38_143685_box7_Incident_Summaries_1-100
Agency: Department of War
Page 207
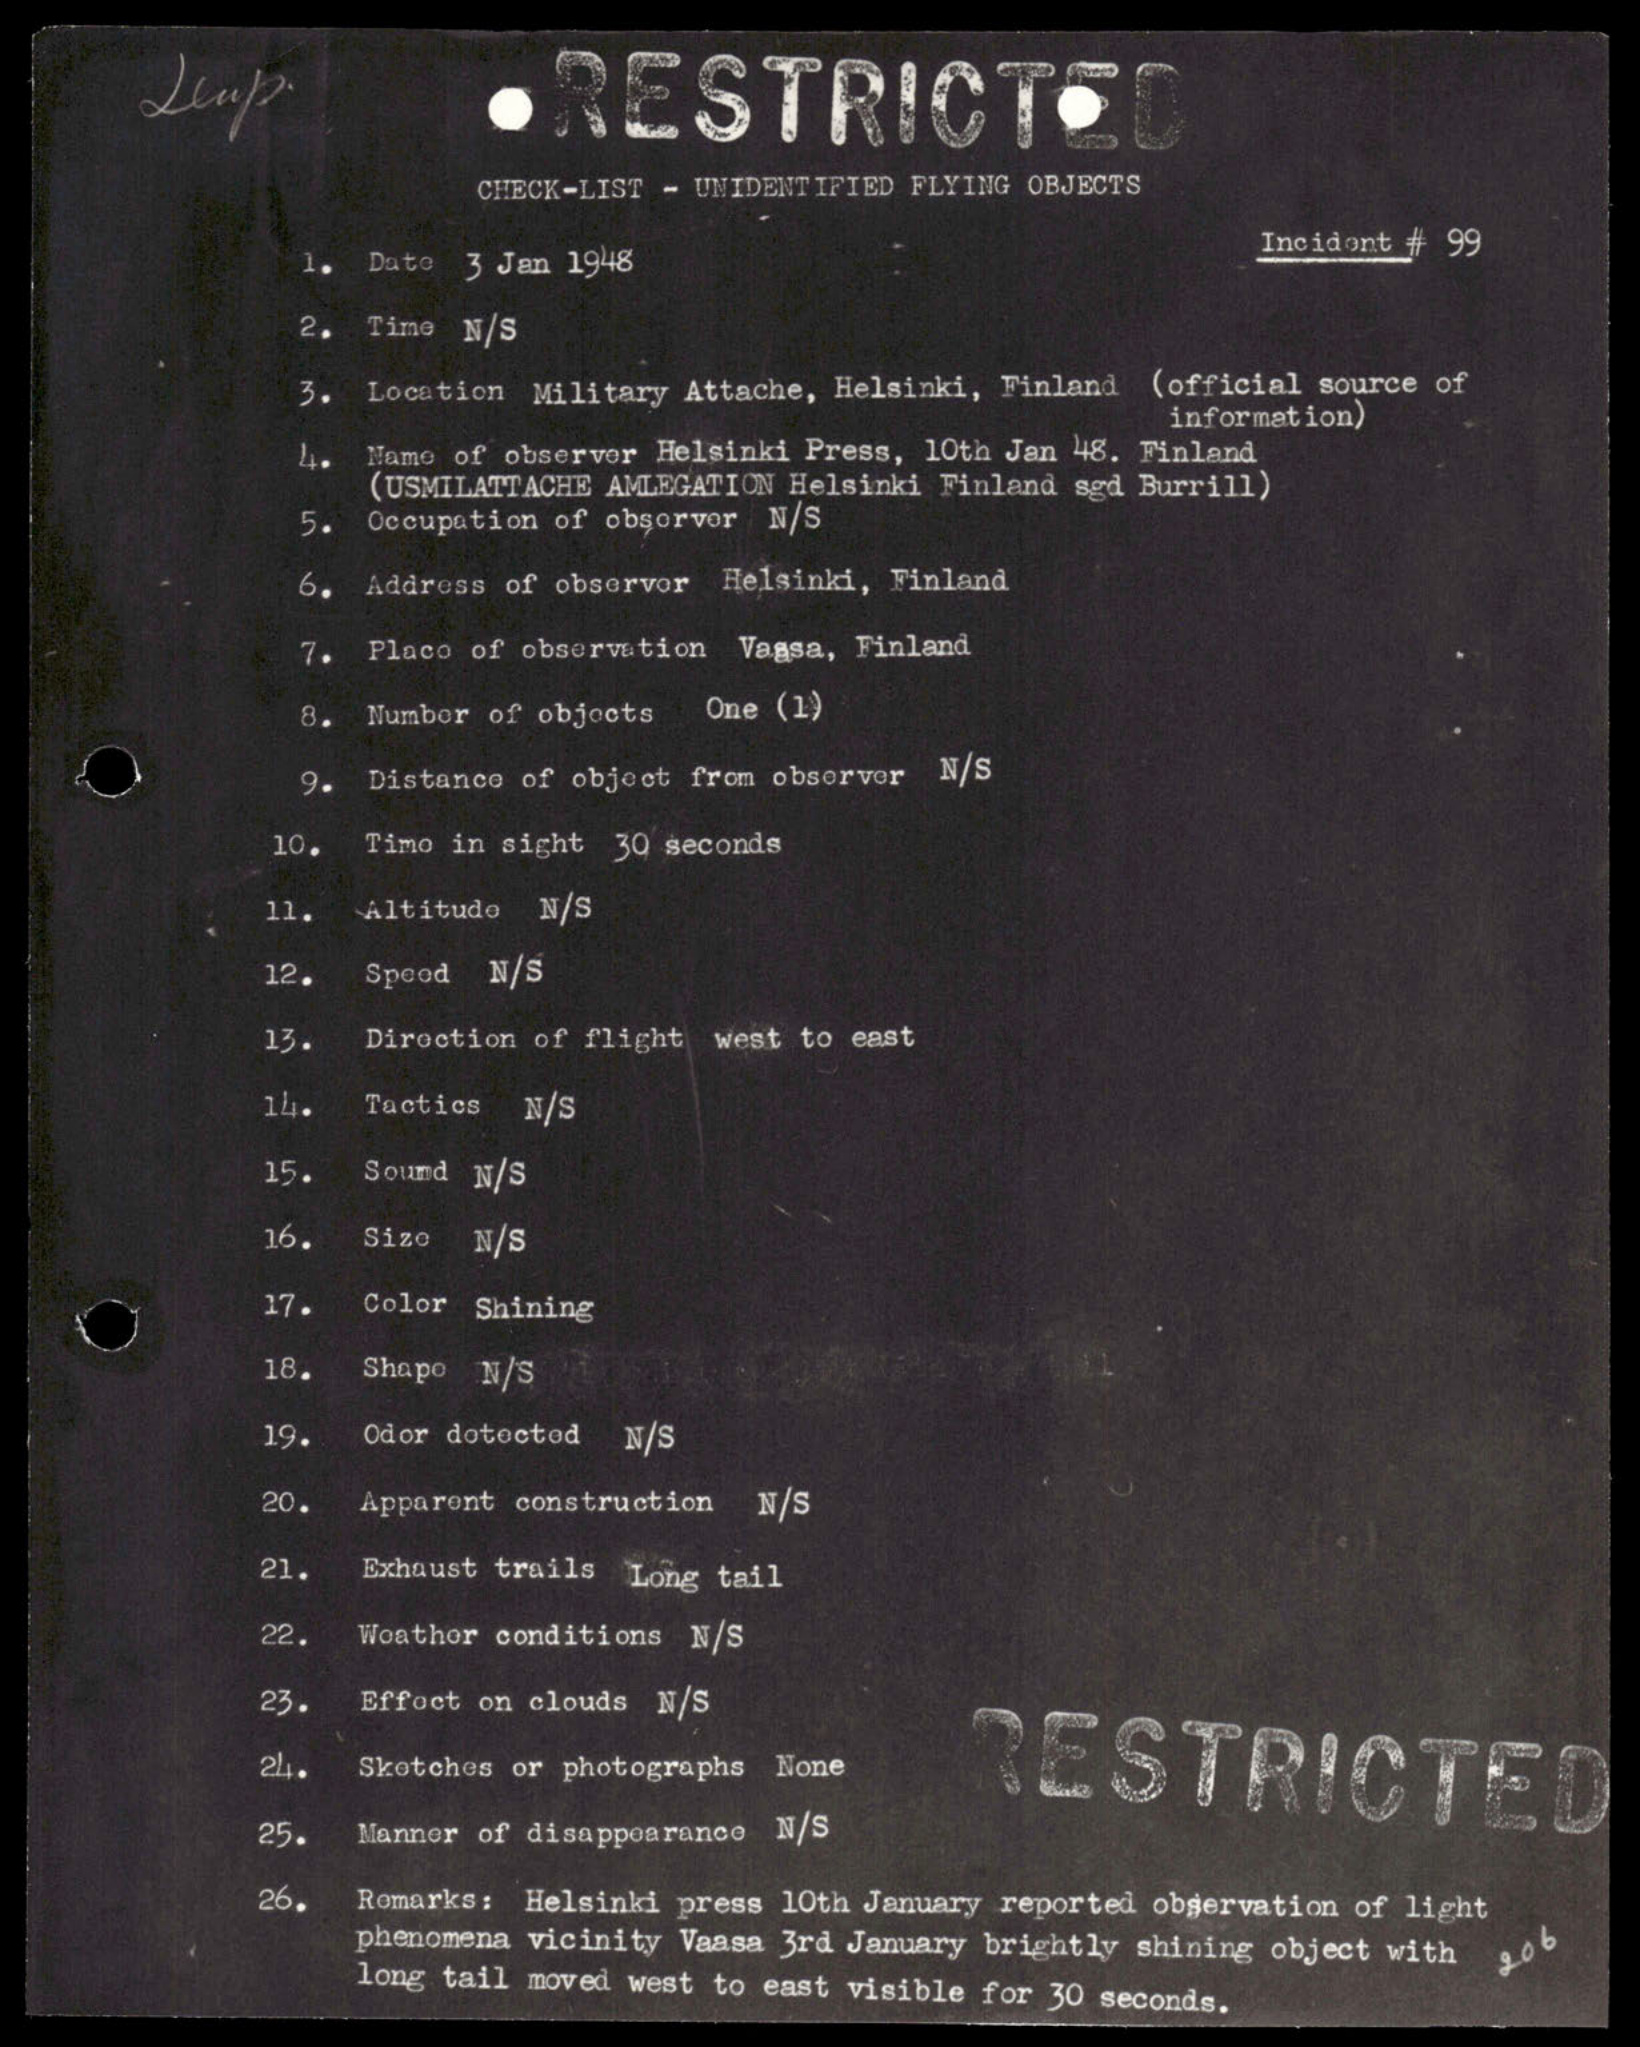